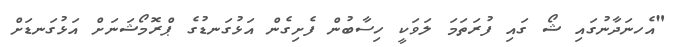
"އެހނަދާނުގައި ޝޯ ގައި ފުރަތަމަ ލަވަކީ ހިސާބުން ފެށިގެން އަޅުގަނޑުގެ ޕްރޮމޯޝަނަށް އަޅުގަނޑަށް